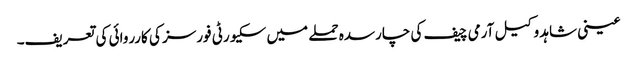
عینی شاہد وکیل آرمی چیف کی چارسدہ حملے میں سکیورٹی فورسز کی کارروائی کی تعریف۔